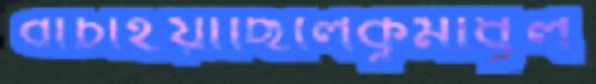
বাঁচাইয়াছিলেকূর্মীধূল